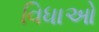
વિધાઓ